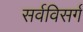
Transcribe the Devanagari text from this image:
सर्वविसर्ग